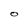
Character: O